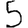
Digit: 5